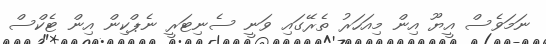
ނަމަވެސް އީޔޫ އިން މިއަހަރު ތެރޭގައި ވަނީ ސެނިޓަރީ ނެޕްކިން އިން ޓެކްސް